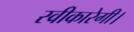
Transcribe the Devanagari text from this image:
स्वीकारेगी।